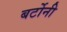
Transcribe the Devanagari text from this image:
बर्टोनी